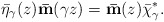
\begin{align*}\bar{\eta}_\gamma(z) {\bf\bar{m}}(\gamma z) = {\bf\bar{m}}(z) \bar{\chi}^*_\gamma.\end{align*}